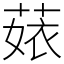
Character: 𦴣